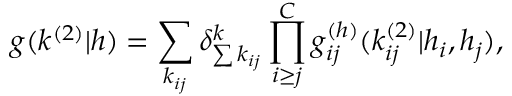
g ( k ^ { ( 2 ) } | h ) = \sum _ { k _ { i j } } \delta _ { \sum { k _ { i j } } } ^ { k } \prod _ { i \geq j } ^ { C } g _ { i j } ^ { ( h ) } ( k _ { i j } ^ { ( 2 ) } | h _ { i } , h _ { j } ) ,